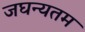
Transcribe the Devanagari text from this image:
जघन्यतम